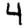
Digit: 4